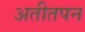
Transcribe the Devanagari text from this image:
अतीतपन